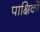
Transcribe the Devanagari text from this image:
पाक्षिकों